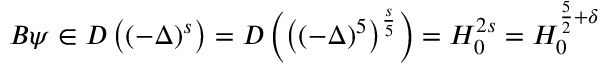
B \psi \in D \left( ( - \Delta ) ^ { s } \right) = D \left( \left( ( - \Delta ) ^ { 5 } \right) ^ { \frac { s } { 5 } } \right) = H _ { 0 } ^ { 2 s } = H _ { 0 } ^ { \frac { 5 } { 2 } + \delta }